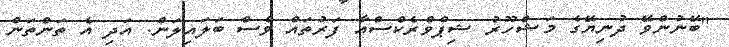
"ބޭނުންވޭ ދުނިޔޭގެ މަޝްހޫރު ޝިޕްވްރެކްސްއާ ފަރުތައް ވެސް ބަލައިލަން. އަދި އެ ތަންތަން